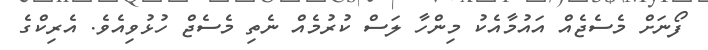
ފޯނަށް މެސެޖެއް އައުމާއެކު މިންހާ ލަސް ކުރުމެއް ނެތި މެސެޖް ހުޅުވިއެވެ. އެރިކްގެ